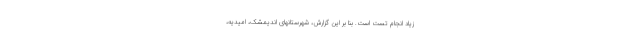
زیاد انجام تست است. بنا بر این گزارش، شهرستانهای اندیمشک، امیدیه،